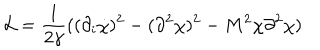
{ \cal L } = \frac { 1 } { 2 \gamma } ( ( \partial _ { i } \dot { \chi } ) ^ { 2 } - ( \partial ^ { 2 } \chi ) ^ { 2 } - M ^ { 2 } \chi \partial ^ { 2 } \chi )